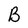
Character: B